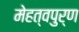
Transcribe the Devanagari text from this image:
मेहत्वपुर्ण